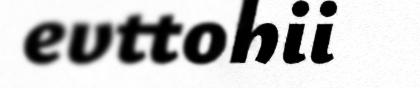
evttohii